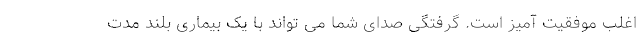
اغلب موفقیت آمیز است. گرفتگی صدای شما می تواند با یک بیماری بلند مدت